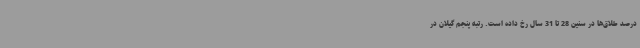
درصد طلاق‌ها در سنین 28 تا 31 سال رخ داده است. رتبه پنجم گیلان در